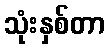
သုံးနှစ်တာ